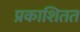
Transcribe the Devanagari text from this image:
प्रकाशितत